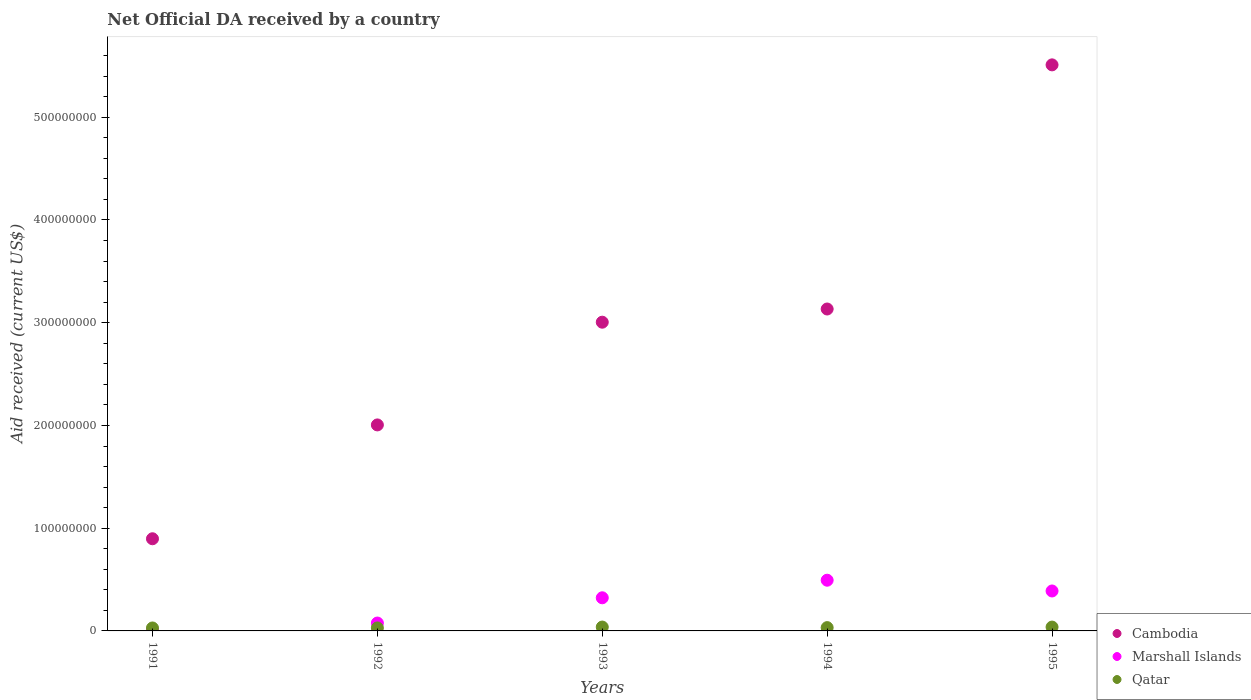
| Years | Cambodia | Marshall Islands | Qatar |
 | --- | --- | --- | --- |
 | 1991 | 8.97e+07 | 2.8e+05 | 2.88e+06 |
 | 1992 | 2.01e+08 | 7.68e+06 | 2.92e+06 |
 | 1993 | 3.01e+08 | 3.22e+07 | 3.77e+06 |
 | 1994 | 3.13e+08 | 4.94e+07 | 3.22e+06 |
 | 1995 | 5.51e+08 | 3.89e+07 | 3.74e+06 |